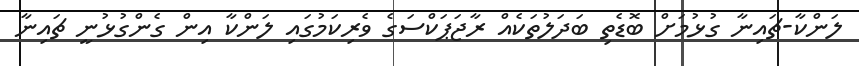
ލަންކާ-ޗައިނާ ގުޅުމަށް ބޮޑެތި ބަދަލުތަކެއް ރާޖަޕަކްސަގެ ވެރިކަމުގައި ލަންކާ އިން ގެންގުޅުނީ ޗައިނާ